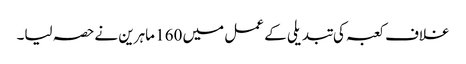
غلاف کعبہ کی تبدیلی کے عمل میں 160 ماہرین نےحصہ لیا۔